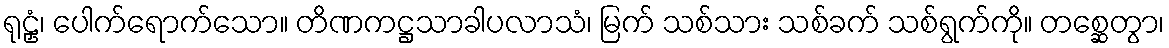
ရုဠှံ၊ ပေါက်ရောက်သော။ တိဏကဋ္ဌသာခါပလာသံ၊ မြက် သစ်သား သစ်ခက် သစ်ရွက်ကို။ တစ္ဆေတွာ၊